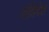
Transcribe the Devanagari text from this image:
संन्निवेश